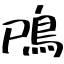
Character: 鳲